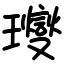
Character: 𤫉